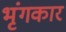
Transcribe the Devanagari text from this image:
भृंगकार